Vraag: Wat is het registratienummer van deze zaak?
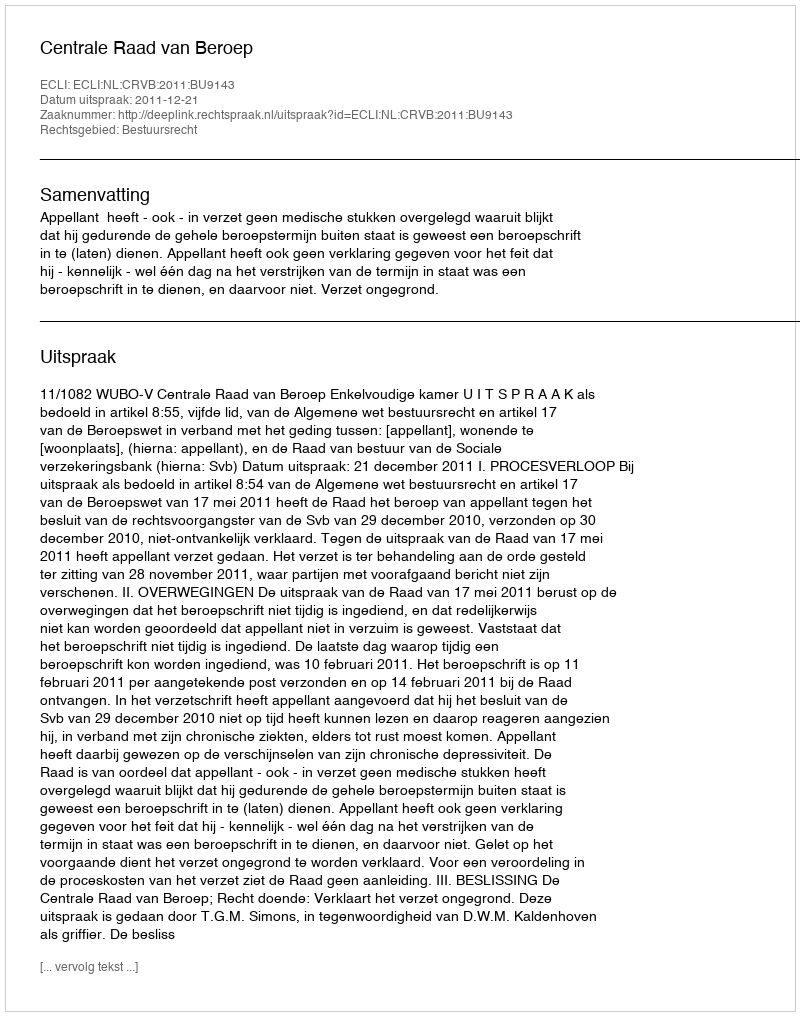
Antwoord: http://deeplink.rechtspraak.nl/uitspraak?id=ECLI:NL:CRVB:2011:BU9143